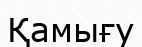
Қамығу